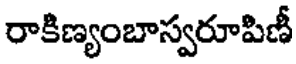
రాకిణ్యంబాస్వరూపిణీ